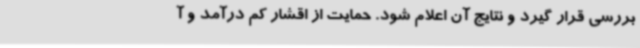
بررسی قرار گیرد و نتایج آن اعلام شود. حمایت از اقشار کم درآمد و آ